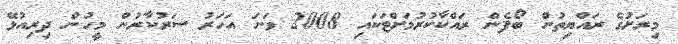
މިރަށުގެ ރައްޔިތުން ބޯފެން ރައްކާކުރުމަށްޓަކައި 2008 ވަނަ އަހަރު ސަރުކާރުން މީހުން ދިރިއުޅޭ